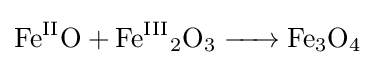
{\ce {Fe^{II}O + Fe^{III}2O3 -> Fe3O4}}